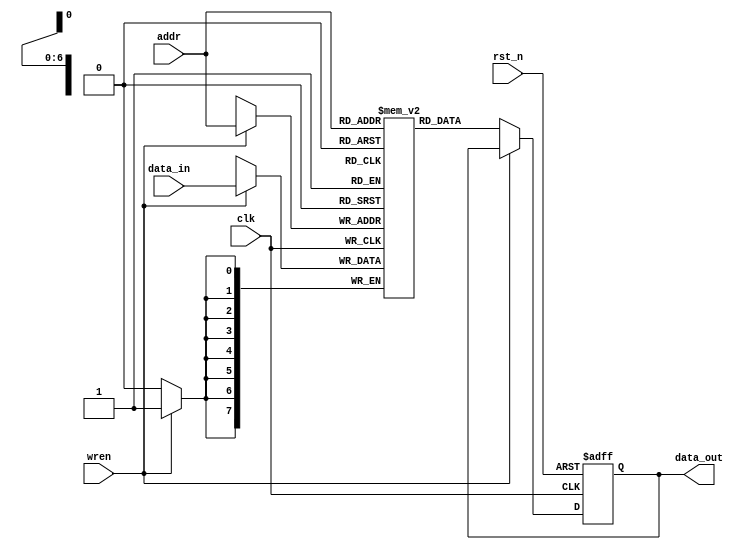

// Despcription: a singular port ram
// Data: 2024-04-16
// Version: 1.0


module Ram_Sig
#(
  parameter WIDTH = 8,
  parameter DEPTH = 128
)
(
  input  wire                       clk      ,
  input  wire                       rst_n    ,
  input  wire                       wren     ,
  input  wire [WIDTH-1:0]           data_in  ,
  input  wire [$clog2(DEPTH)-1:0]   addr     ,
  output wire [WIDTH-1:0]           data_out
);

reg [WIDTH-1:0] mem [DEPTH-1:0];
reg [WIDTH-1:0] data_rd;
reg wren_r;

always@(posedge clk or negedge rst_n) begin
  if(!rst_n) begin
    data_rd <= 0;
  end
  else if(!wren) begin
    data_rd <= mem[addr];
  end
end

always@(posedge clk) begin
  if(wren) begin
    mem[addr] <= data_in;
  end
end

assign data_out = data_rd;

endmodule

//  instantiation
/*

Ram_Sig
#(
  .WIDTH(8),
  .DEPTH(128)
)
Ram_Sig_inst
(
  .clk      (clk      ),
  .rst_n    (rst_n    ),
  .wren     (wren     ),
  .data_in  (data_in  ),
  .addr     (addr     ),
  .data_out (data_out )
);

*/